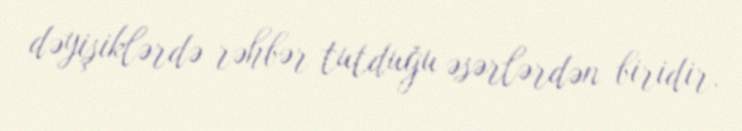
dəyişiklərdə rəhbər tutduğu əsərlərdən biridir.